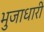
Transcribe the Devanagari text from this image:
भुजाधारी